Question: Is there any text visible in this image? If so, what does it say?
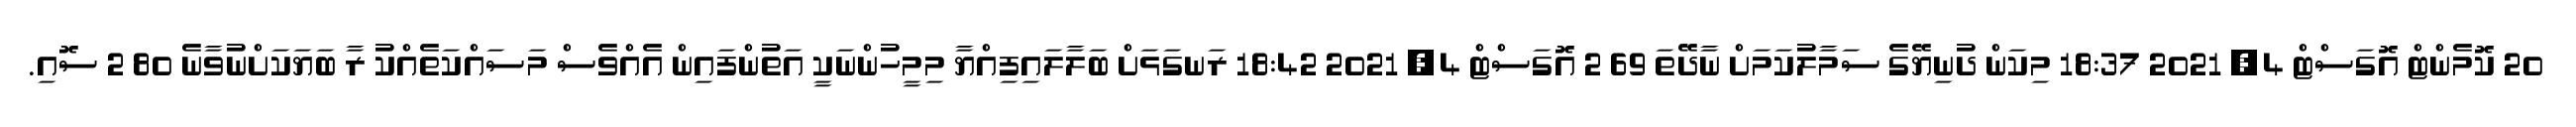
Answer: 20 ކޮމެންޓް އޮގަސްޓް 4, 2021 18:37 މިކަން ދުނިޔޭގެ ސަމާލުކަމަށް ނާދޭތަ 69 2 އޮގަސްޓް 4, 2021 18:42 ރަނގަޅަށް ބަލާލައިފިއްޔާ މިމީހުންނަކީ އަތުންފައިން އެއްވެސް މަސައްކަތެއްކު ރާ ބަޔަކަށްނުވާނެ 80 2 ސޮއި.